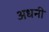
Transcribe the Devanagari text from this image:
अधनी